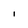
Character: l